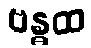
ဗန္ဓထ